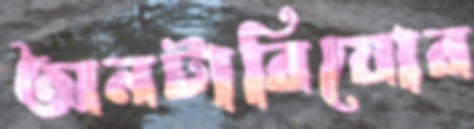
অনটারিয়োর